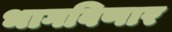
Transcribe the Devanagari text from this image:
भागविणार